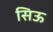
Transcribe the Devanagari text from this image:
सिऊ